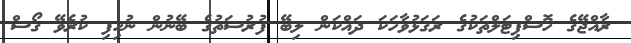
ރާއްޖޭގެ ހޮސްޕިޓަލްތަކުގެ ރަގަޅުވާހަކަ ދައްކަން ލިބޭ ފުރުސަތުގެ ބޭނުން ނުހިފި ކުރެވޭ ގޯސް